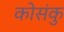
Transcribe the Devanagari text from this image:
कोसंकु